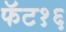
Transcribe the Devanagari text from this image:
फॅट१६